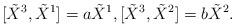
LaTeX: \begin{align*}[\tilde{X}^{3},\tilde{X}^{1}]=a\tilde{X}^{1},[\tilde{X}^{3},\tilde{X}^{2}]=b\tilde{X}^{2}.\end{align*}